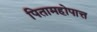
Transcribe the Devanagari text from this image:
पितामहोपात्त